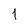
Character: 1